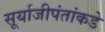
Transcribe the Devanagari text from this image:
सूर्याजीपंतांकडे